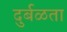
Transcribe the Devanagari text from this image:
दुर्बळता